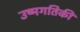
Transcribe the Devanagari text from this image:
उष्मगतिकी